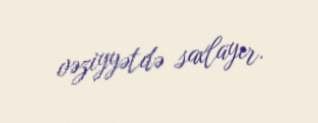
vəziyyətdə saxlayır.